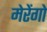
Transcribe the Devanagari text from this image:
मेरेंगो